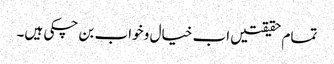
تمام حقیقتیں اب خیال و خواب بن چکی ہیں۔